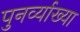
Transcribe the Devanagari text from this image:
पुनर्व्‍याख्‍या